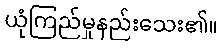
ယုံကြည်မှုနည်းသေး၏။